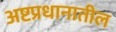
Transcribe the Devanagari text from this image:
अष्टप्रधानातील